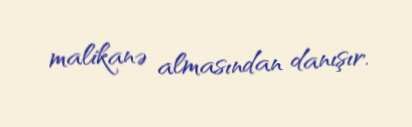
malikanə almasından danışır.